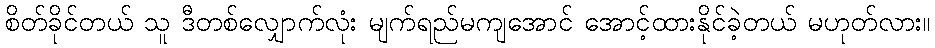
စိတ်ခိုင်တယ် သူ ဒီတစ်လျှောက်လုံး မျက်ရည်မကျအောင် အောင့်ထားနိုင်ခဲ့တယ် မဟုတ်လား။